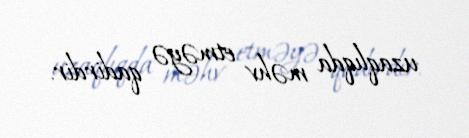
uzaqlıqda məhv etməyə qadirdir.